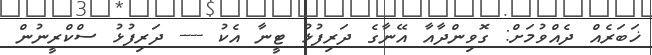
ޚަބަރެއް ދެއްވުމަށް: ގޮވިންދާއާ އޭނާގެ ދަރިފުޅު ޓީނާ އެކު ---- ދަރިފުޅު ސްކްރީނުން